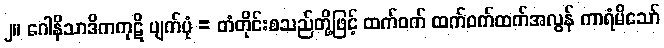
၂။ ဂေါနိသာဒိကကုဋိ ပျက်ပုံ = တံတိုင်းစသည်တို့ဖြင့် ထက်ဝက် ထက်ဝက်ထက်အလွန် ကာရံမိသော်